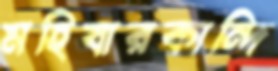
মহিষারকান্দি